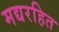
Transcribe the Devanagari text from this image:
मद्यरहित